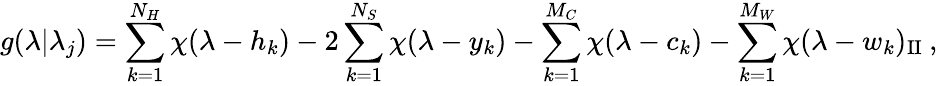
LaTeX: \displaystyle g(\lambda|\lambda_{j})=\sum_{k=1}^{N_{H}}\chi(\lambda-h_{k})-2\sum_{k=1}^{N_{S}}\chi(\lambda-y_{k})-\sum_{k=1}^{M_{C}}\chi(\lambda-c_{k})-\sum_{k=1}^{M_{W}}\chi(\lambda-w_{k})_{\mathrm{II}}\: ,